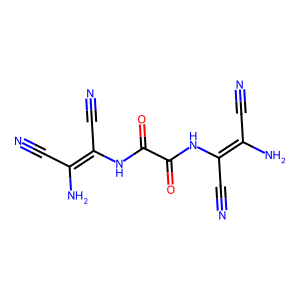
SMILES: N#CC(N)=C(C#N)NC(=O)C(=O)NC(C#N)=C(N)C#N
Inhibits HIV replication: Yes